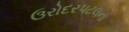
ઉરોદરપટલના